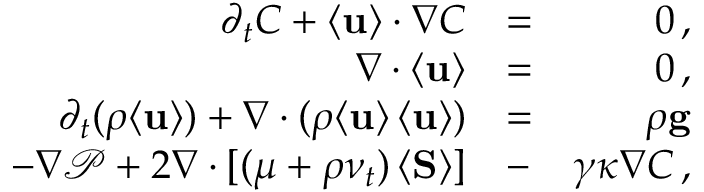
\begin{array} { r l r } { \partial _ { t } C + \langle { \bf { u } } \rangle \cdot \nabla C } & { = } & { 0 \, , } \\ { \nabla \cdot \langle { \bf { u } } \rangle } & { = } & { 0 \, , } \\ { \partial _ { t } ( \rho \langle { \bf { u } } \rangle ) + \nabla \cdot ( \rho \langle { \bf { u } } \rangle \, \langle { \bf { u } } \rangle ) } & { = } & { \rho { \bf { g } } } \\ { - \nabla \mathcal P + 2 \nabla \cdot [ ( \mu + \rho \nu _ { t } ) \, \langle { \bf { S } } \rangle ] } & { - } & { \gamma \kappa \nabla C \, , } \end{array}